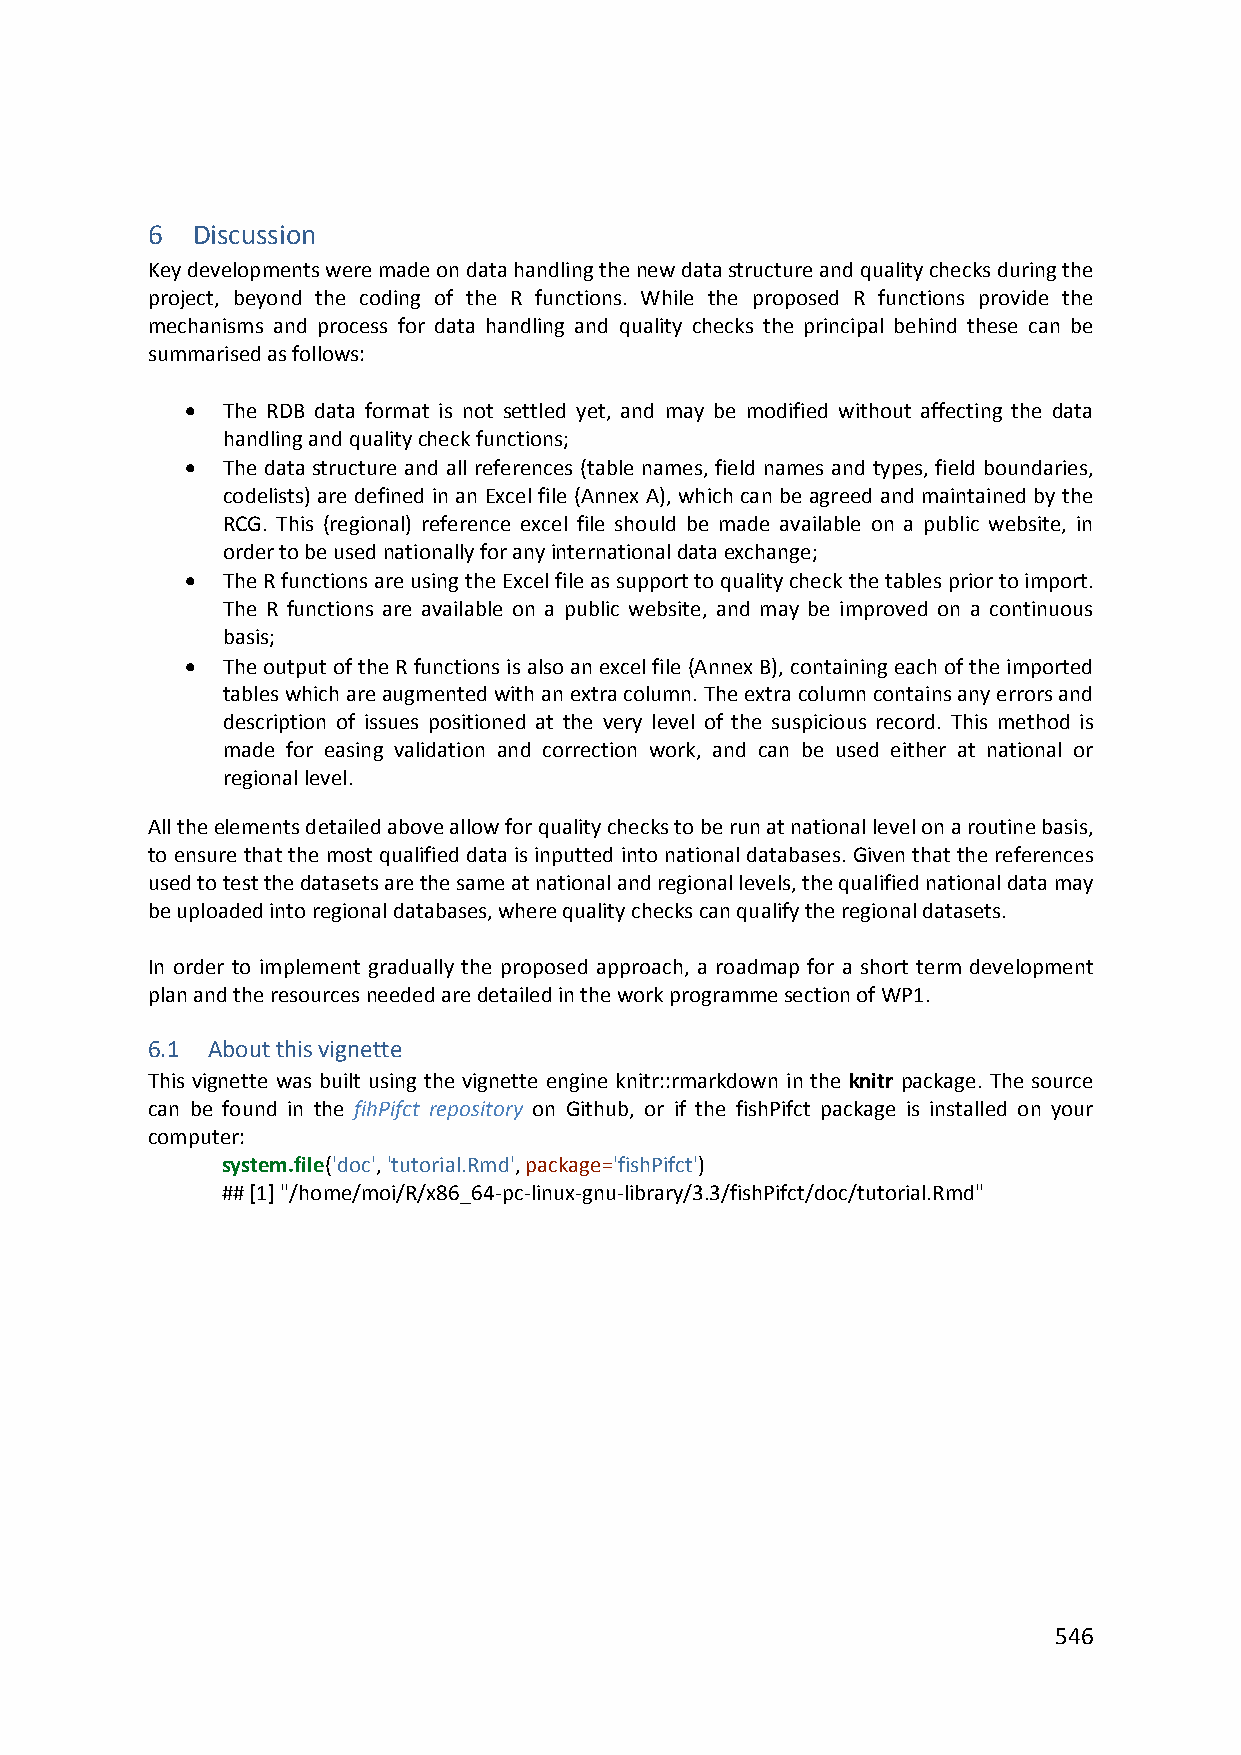
6  Discussion
 Key developments were made on data handling the new data structure and quality checks during the
 project, beyond the coding of the R functions. While the proposed R functions provide the
 mechanisms and process for data handling and quality checks the principal behind these can be
 summarised as follows:
   The RDB data format is not settled yet, and may be modified without affecting the data
 handling and quality check functions;
   The data structure and all references (table names, field names and types, field boundaries,
 codelists) are defined in an Excel file (Annex A), which can be agreed and maintained by the
 RCG. This (regional) reference excel file should be made available on a public website, in
 order to be used nationally for any international data exchange;
   The R functions are using the Excel file as support to quality check the tables prior to import.
 The R functions are available on a public website, and may be improved on a continuous
 basis;
   The output of the R functions is also an excel file (Annex B), containing each of the imported
 tables which are augmented with an extra column. The extra column contains any errors and
 description of issues positioned at the very level of the suspicious record. This method is
 made for easing validation and correction work, and can be used either at national or
 regional level.
 All the elements detailed above allow for quality checks to be run at national level on a routine basis,
 to ensure that the most qualified data is inputted into national databases. Given that the references
 used to test the datasets are the same at national and regional levels, the qualified national data may
 be uploaded into regional databases, where quality checks can qualify the regional datasets.
 In order to implement gradually the proposed approach, a roadmap for a short term development
 plan and the resources needed are detailed in the work programme section of WP1.
 6.1 About this vignette
 This vignette was built using the vignette engine knitr::rmarkdown in the knitr package. The source
 can be found in the fihPifct repository on Github, or if the fishPifct package is installed on your
 computer:
 system.file('doc', 'tutorial.Rmd', package='fishPifct')
 ## [1] "/home/moi/R/x86_64‐pc‐linux‐gnu‐library/3.3/fishPifct/doc/tutorial.Rmd"
 546